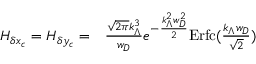
\begin{array} { r l } { H _ { \delta x _ { c } } = H _ { \delta y _ { c } } = } & { { } \frac { \sqrt { 2 \pi } k _ { \Lambda } ^ { 3 } } { w _ { D } } e ^ { - \frac { k _ { \Lambda } ^ { 2 } w _ { D } ^ { 2 } } { 2 } } \mathrm { E r f c } ( \frac { k _ { \Lambda } w _ { D } } { \sqrt { 2 } } ) } \end{array}